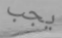
يجب